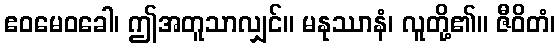
ဧဝမေဝခေါ၊ ဤအတူသာလျှင်။ မနုဿာနံ၊ လူတို့၏။ ဇီဝိတံ၊